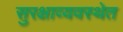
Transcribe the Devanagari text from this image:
सुरक्षाव्यवस्थेत